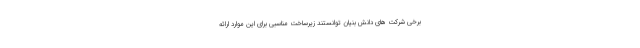
برخی شرکت های دانش بنیان توانستند زیرساخت مناسبی برای این موارد ارائه